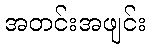
အတင်းအဖျင်း